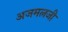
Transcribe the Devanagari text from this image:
अजमलजी